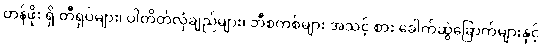
တန်ဖိုး ရှိ တီရှပ်များ၊ ပါတိတ်လုံချည်များ၊ ဘီစကစ်များ အသင့် စား ခေါက်ဆွဲခြောက်များနှင့်